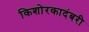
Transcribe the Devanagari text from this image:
किशोरकादंबरी